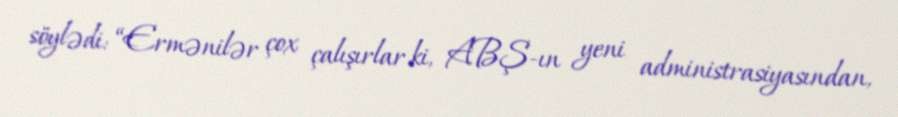
söylədi: “Ermənilər çox çalışırlar ki, ABŞ-ın yeni administrasiyasından,